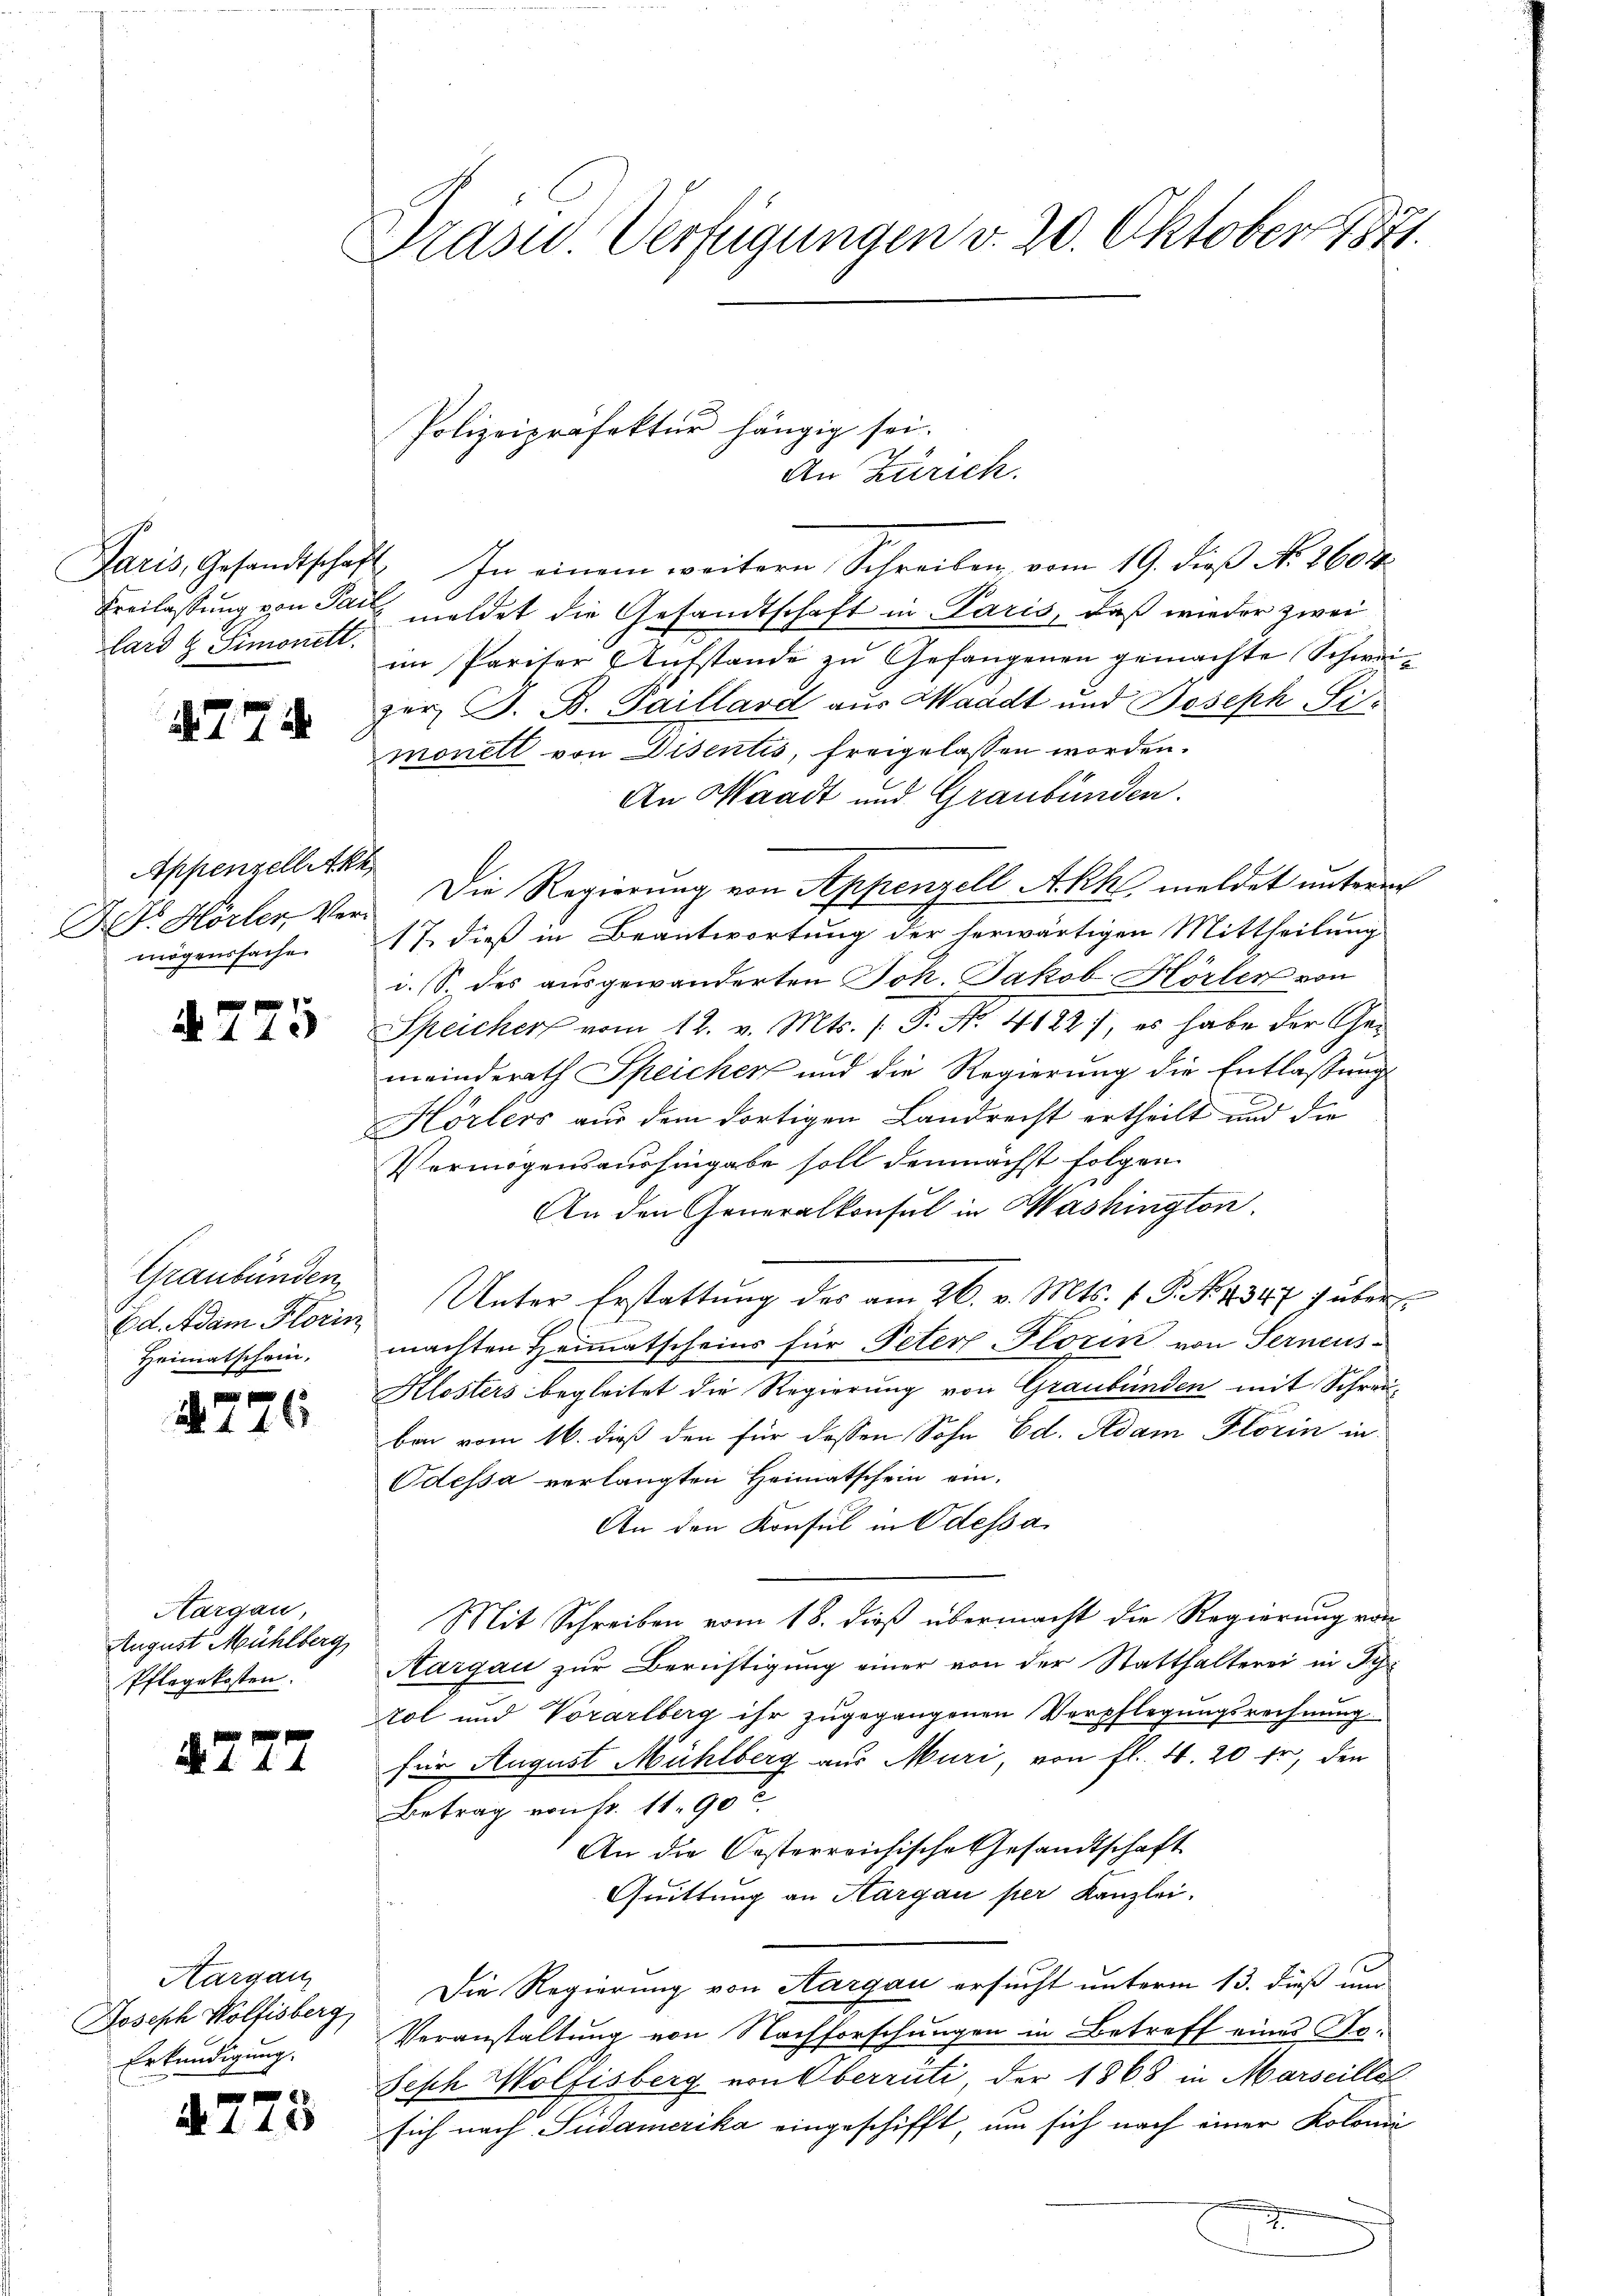
Paris, Gesandtschaf
Freilassung von Pau
lard & Simonett.

. 778.

Appenzellette
Hr. Horter Ver-
mögenssache

§775

Graubünden
Ed. Adam Florin
Heimatschein,

4776

Aargau
August Mühlberg,
Pflegekosten.

§ 277

Aargau
Joseph Wolfisberg,
Erkundigung.

4275

Präsid Verfügungen v. 20. Oktober 1871.

Polizeipräfektur hängig sei.

An Zürich.
4. In einem weitern Schreiben vom 19. dieß No. 1604.
meldet die Gesandtschaft in Paris, daß wieder zwei
im Pariser Aufstande zu Gefangenen gemachte Schweizer J. B. Paillard aus Waadt und Joseph Fimonell von Disentis, freigelassen worden.
An Waadt und Graubünden.
t
Die Regierung von Appenzell Akk, meldet unterm
17. dieß in Beantwortung der herwärtigen Mittheilung
i. (S. des ausgewanderten Joh. Jakob Hörten von
Speicher vom 12. v. Mts. 1. P. Nr. 41821, es habe der Gemeinderath Speicher und die Regierung die Entlassung
Hörlers aus dem dortigen Landrecht ertheilt und die
Vermögensaushingabe soll demnächst folgen.
.
An den Generalkonsul in Washington
Unter Erstattung des am 26. v. Mts. f. P. N. 1347 über
machten Heimatscheins für Peter Florin von Serneus-
Klosters begleitet die Regierung von Graubünden mit Schreiben vom 16. dieß den für dessen Sohn Ed. Adam Florin in
Odessa verlangten Heimatschein ein.
An den Konsul in Odessa
Mit Schreiben vom 18. dieß übermacht die Regierung von
Aargau zur Berichtigung einer von der Statthalterei in Sch
tol und Vorarlberg ihr zugegangenen Verpflegungsrechnung
für August Mühlberg aus Muri, von fl. 4. 20 fr, den
Betrag von Fr. 11. 90 c.
An die Oesterreichische Gesandtschaft
Quittung an Hargau per Kanzlei.
Die Regierung von Aargau ersucht unterm 13. dieß und
Veranstaltung von Nachforschungen in Betreff eines Jo¬
Sisch Wolfisberg von Oberrüti der 1868 in Marseille
sich nach Südamerika eingeschifft, um sich nach einer Kolonie
.